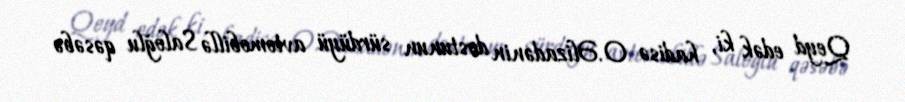
Qeyd edək ki, hadisə O.Əlizadənin dostunun sürdüyü avtomobillə Saloğlu qəsəbə